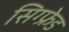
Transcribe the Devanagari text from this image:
सिग्फ्रेड